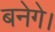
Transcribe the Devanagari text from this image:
बनेगे।